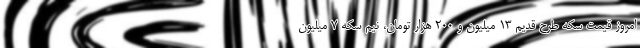
امروز قیمت سکه طرح قدیم 13 میلیون و 200 هزار تومان، نیم سکه 7 میلیون